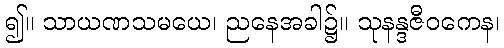
၍။ သာယဏသမယေ၊ ညနေအခါ၌။ သုနန္ဒဇီဝကေန၊